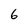
Character: 6